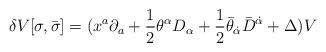
\begin{align*}\delta V[\sigma,\bar{\sigma}]=(x^a\partial_a+\frac{1}{2}\theta^{\alpha} D_{\alpha}+\frac{1}{2}\bar{\theta}_{\dot{\alpha}} \bar{D}^{\dot{\alpha}}+\Delta) V\end{align*}